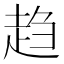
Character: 趋